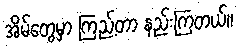
အိမ်တွေမှာ ကြည့်တာ နည်းကြတယ်။